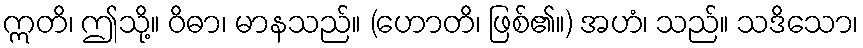
ဣတိ၊ ဤသို့။ ဝိဓာ၊ မာနသည်။ (ဟောတိ၊ ဖြစ်၏။) အဟံ၊ သည်။ သဒိသော၊